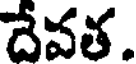
దేవత.